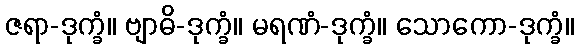
ဇရာ-ဒုက္ခံ။ ဗျာဓိ-ဒုက္ခံ။ မရဏံ-ဒုက္ခံ။ သောကော-ဒုက္ခံ။